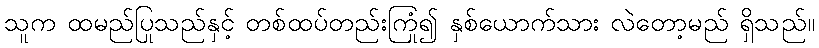
သူက ထမည်ပြုသည်နှင့် တစ်ထပ်တည်းကြုံ၍ နှစ်ယောက်သား လဲတော့မည် ရှိသည်။